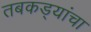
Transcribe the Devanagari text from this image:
तबकड्यांचा